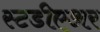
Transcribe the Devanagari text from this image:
स्टडीएअर